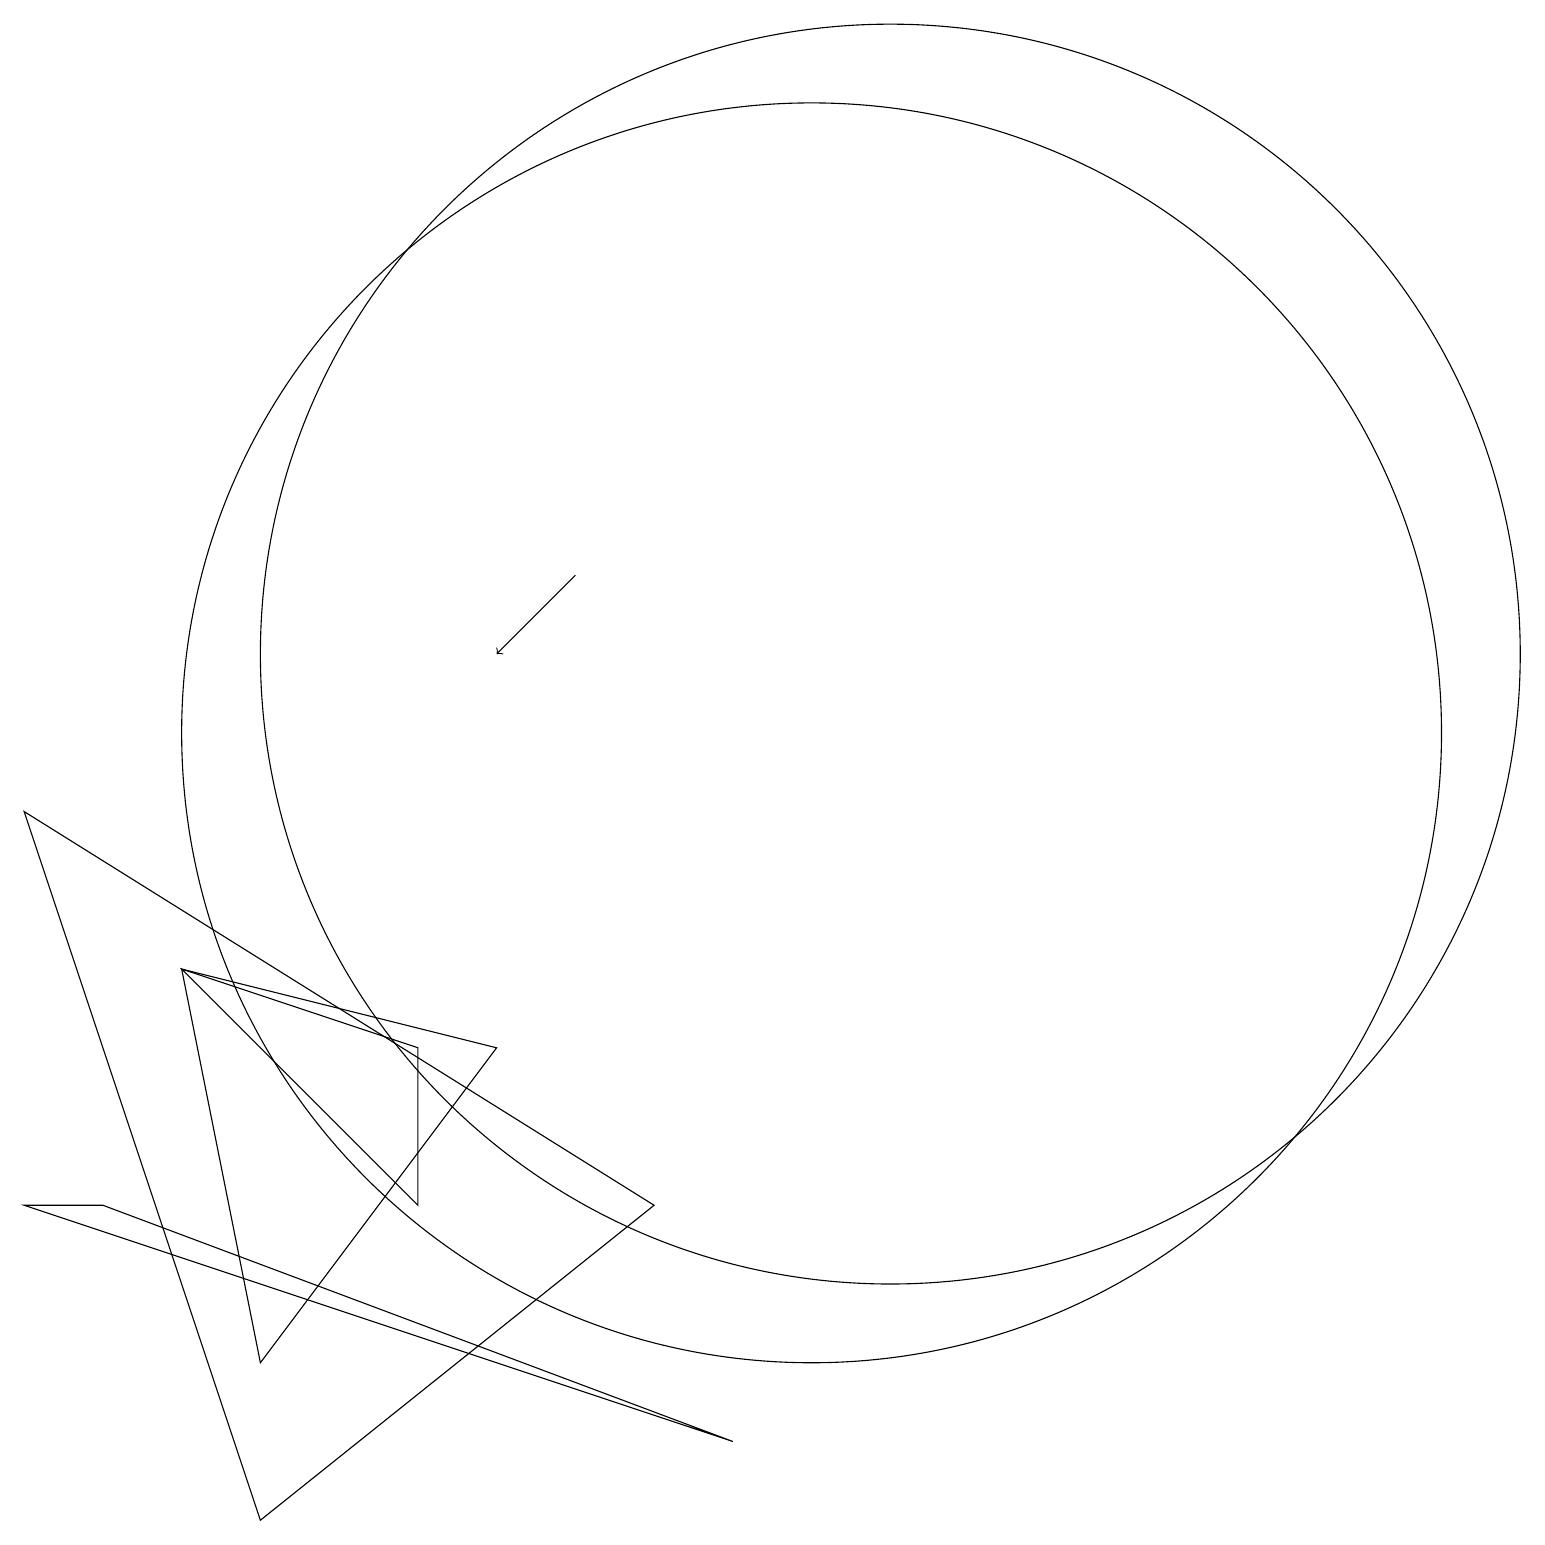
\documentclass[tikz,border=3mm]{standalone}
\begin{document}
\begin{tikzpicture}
\draw (11,11) circle (8);
\draw (2,7) -- (5,4) -- (5,6) -- cycle;
\draw (1,4) -- (9,1) -- (0,4) -- cycle;
\draw (3,2) -- (2,7) -- (6,6) -- cycle;
\draw (11,10) circle (0);
\draw (10,10) circle (8);
\draw (0,9) -- (3,0) -- (8,4) -- cycle;
\draw[->] (7,12) -- (6,11);
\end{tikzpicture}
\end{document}